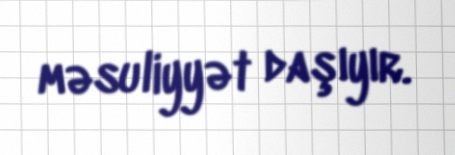
məsuliyyət daşıyır.